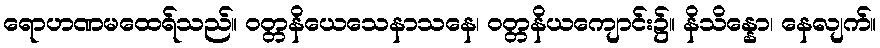
ရောဟဏမထေရ်သည်။ ဝတ္တနိယေသေနာသနေ၊ ဝတ္တနိယကျောင်း၌။ နိသိန္နော၊ နေလျက်။